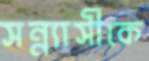
সন্ন্যাসীকে